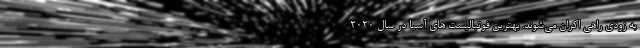
به زودی راهی اکران می‌شوند. بهترین فوتبالیست های آسیا در سال 2020